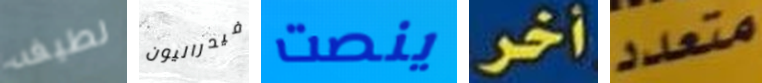
لطيفه فيدراليون ينصت أخر متعدد